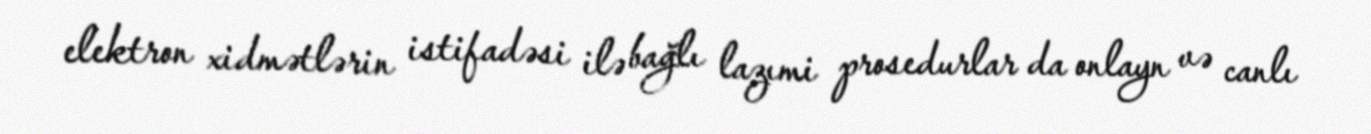
elektron xidmətlərin istifadəsi ilə bağlı lazımi prosedurlar da onlayn və canlı